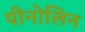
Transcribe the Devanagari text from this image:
पीनोलिन